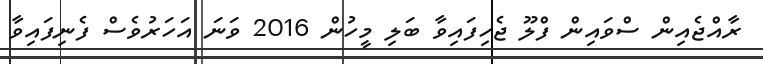
ރާއްޖެއިން ސްވައިން ފްލޫ ޖެހިފައިވާ ބަލި މީހުން 2016 ވަނަ އަހަރުވެސް ފެނިފައިވާ